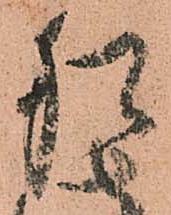
猶